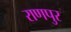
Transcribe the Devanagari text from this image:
राणपुर